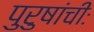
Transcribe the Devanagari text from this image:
पुरुषांचीः